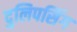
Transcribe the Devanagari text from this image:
दुलिपसिंग